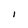
Character: l